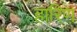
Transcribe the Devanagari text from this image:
हारिण